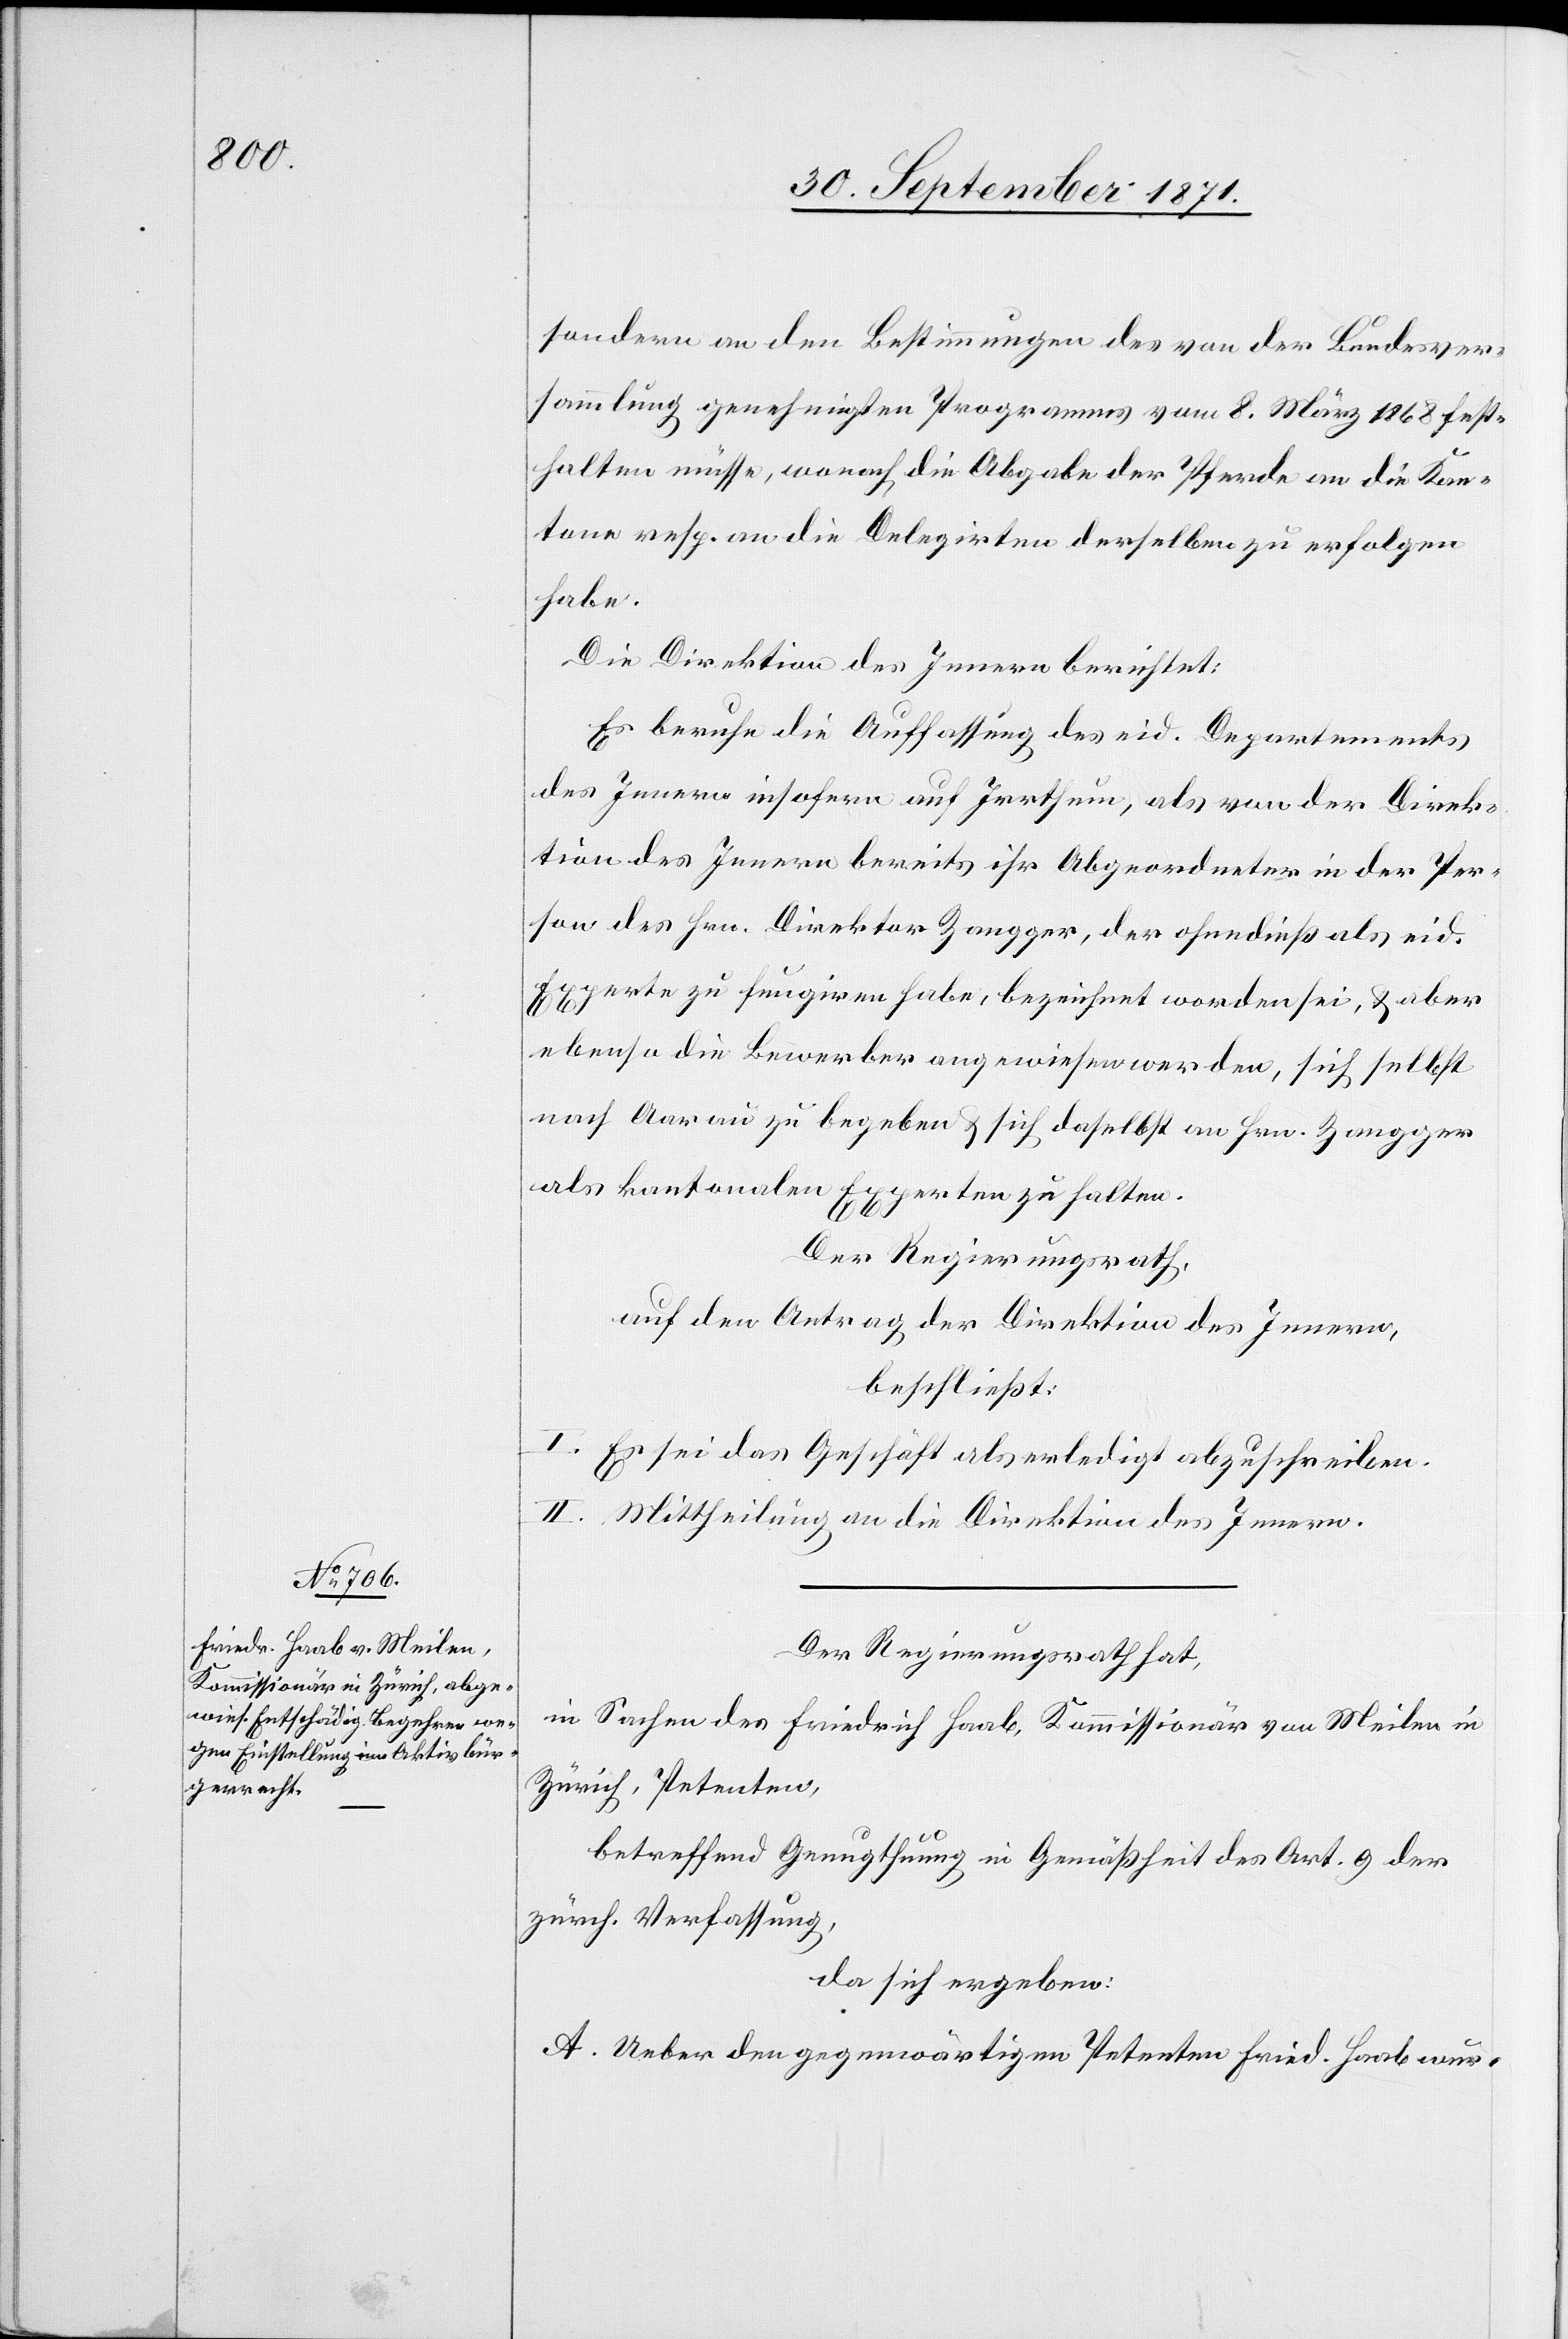
sondern an den Bestimmungen des von der Bundesver¬
sammlung genehmigten Programmes vom 8. März 1868 fest¬
halten müsse, wonach die Abgabe der Pferde an die Kan¬
tone resp. an die Delegirten derselben zu erfolgen
habe.
Die Direktion des Innern berichtet:
Es beruhe die Auffassung des eid. Departements
des Innern insofern auf Irrthum, als von der Direk¬
tion des Innern bereits ihr Abgeordneter in der Per¬
son des Hrn. Direktor Zangger, der ohnedieß als eid.
Experte zu fungiren habe, bezeichnet worden sei, & aber
ebenso die Bewerber angewiesen werden, sich selbst
nach Aarau zu begeben & sich daselbst an Hrn. Zangger
als kantonalen Experten zu halten.
Der Regierungsrath,
auf den Antrag der Direktion des Innern,
beschließt:
I. Es sei das Geschäft als erledigt abzuschreiben.
II. Mittheilung an die Direktion des Innern.
Der Regierungsrath hat,
in Sachen des Friedrich Haab, Kommissionär von Meilen in
Zürich, Petenten,
betreffend Genugthuung in Gemäßheit des Art. 9 der
zürch. Verfassung,
da sich ergeben:
A. Ueber den gegenwärtigen Petenten Fried. Haab wur-